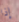
إذا